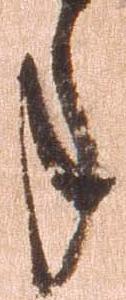
年